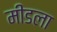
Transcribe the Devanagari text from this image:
मीडला